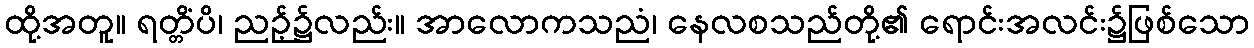
ထို့အတူ။ ရတ္တိံပိ၊ ညဉ့်၌လည်း။ အာလောကသညံ၊ နေလစသည်တို့၏ ရောင်းအလင်း၌ဖြစ်သော